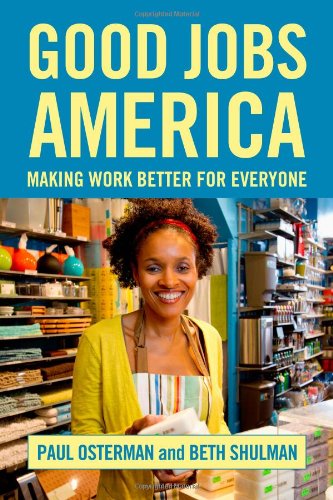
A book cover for Good Jobs America; Paul Osterman; Business & Money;